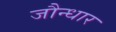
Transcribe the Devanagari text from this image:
जौन्धार